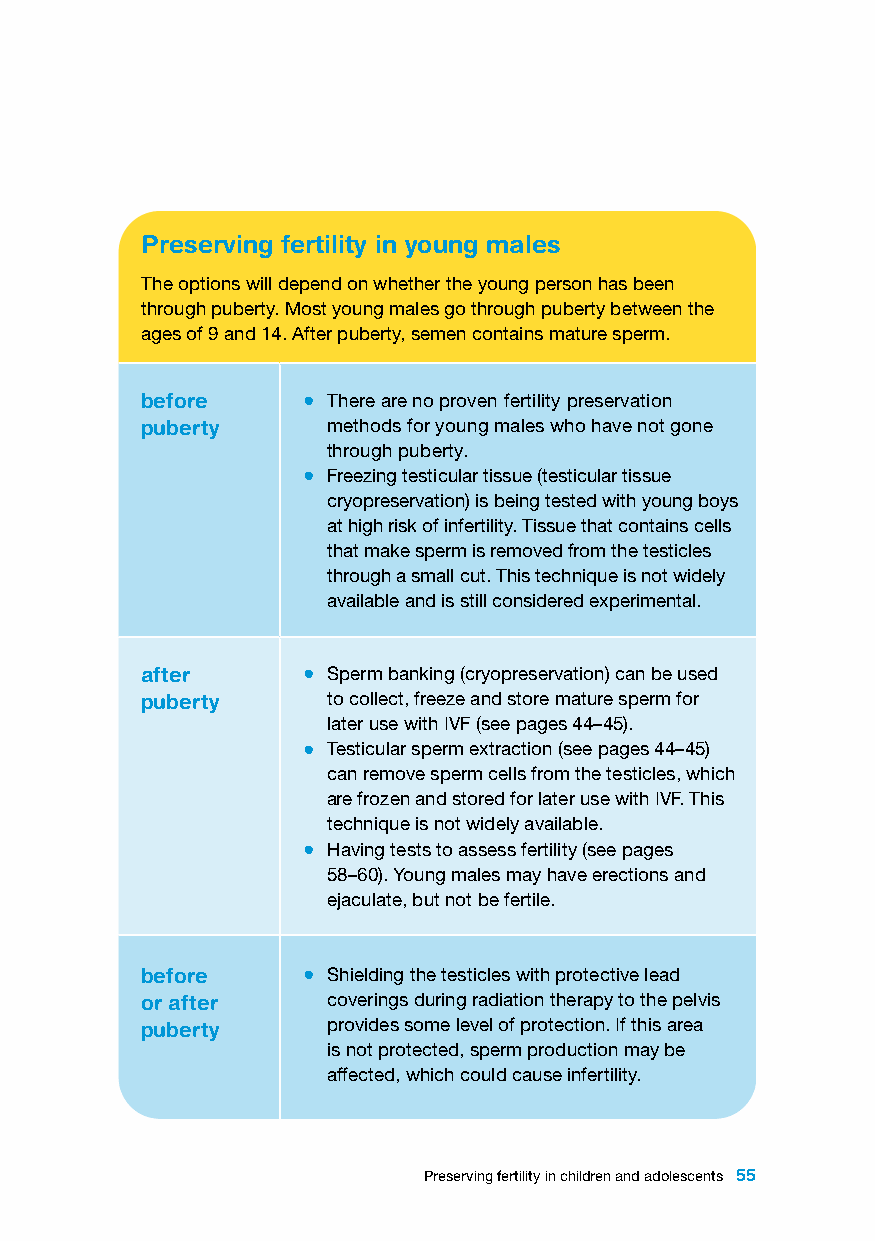
Preserving fertility in young males
 The options will depend on whether the young person has been
 through puberty. Most young males go through puberty between the
 ages of 9 and 14. After puberty, semen contains mature sperm.
 before     • There are no proven fertility preservation
 puberty      methods for young males who have not gone
 through puberty.
 • Freezing testicular tissue (testicular tissue
 cryopreservation) is being tested with young boys
 at high risk of infertility. Tissue that contains cells
 that make sperm is removed from the testicles
 through a small cut. This technique is not widely
 available and is still considered experimental.
 after      • Sperm banking (cryopreservation) can be used
 puberty      to collect, freeze and store mature sperm for
 later use with IVF (see pages 44–45).
 • Testicular sperm extraction (see pages 44–45)
 can remove sperm cells from the testicles, which
 are frozen and stored for later use with IVF. This
 technique is not widely available.
 • Having tests to assess fertility (see pages
 58–60). Young males may have erections and
 ejaculate, but not be fertile.
 before     • Shielding the testicles with protective lead
 or after     coverings during radiation therapy to the pelvis
 puberty      provides some level of protection. If this area
 is not protected, sperm production may be
 affected, which could cause infertility.
 Preserving fertility in children and adolescents 55